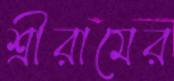
শ্রীরামের